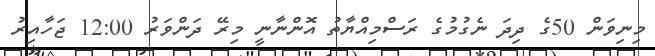
މިނިވަން 50ގެ ދިދަ ނެގުމުގެ ރަސްމިއްޔާތު އޮންނާނީ މިރޭ ދަންވަރު 12:00 ޖަހާއިރު